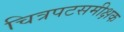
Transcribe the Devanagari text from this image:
चित्रपटसमीक्षक